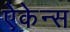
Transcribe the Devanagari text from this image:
ऐकेन्स